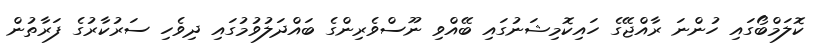
ކޮލަމްބޯގައި ހުންނަ ރާއްޖޭގެ ހައިކޮމިޝަނުގައި ބޭއްވި ނޫސްވެރިންގެ ބައްދަލުވުމުގައި ދިވެހި ސަރުކާރުގެ ފަރާތުން